Punjab Mental Hospital Lahore 1932-46 - 1932-1946
Year: 1932
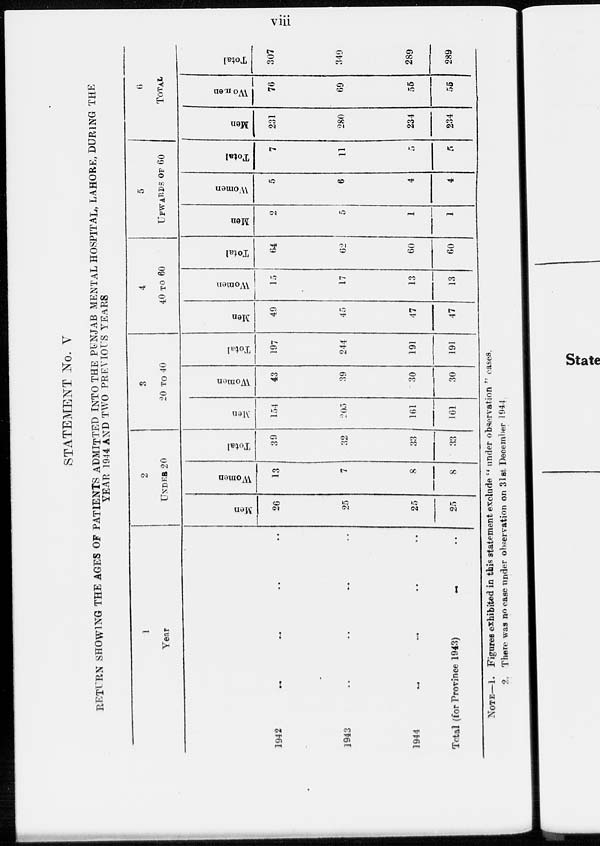
viii
STATEMENT No. V
RETURN SHOWING THE AGES OF PATIENTS ADMITTED INTO THE PUNJAB MENTAL HOSPITAL, LAHORE, DURING THE
YEAR 1944 AND TWO PREVIOUS YEARS
1
Year
1942 .. .. .. .. .. ..
1943 .. .. .. . .. .. ..
1944 .. .. .. .. .. ..
Total (for Province 1943)
...
2
UNDER 20
Men
26
25
25
25
Women
13
7
8
8
Total
39
32
33
33
3
20 TO 40
Men
154
205
161
161
Women
43
39
30
30
Total
197
244
191
191
4
40 TO 60
Men
49
45
47
47
Women
15
17
13
13
Total
64
62
60
60
5
UPWARDS OF 60
Men
2
5
1
1
Women
5
6
4
4
Total
7
11
5
5
6
TOTAL
Men
231
280
234
234
Women
76
69
55
55
Total
307
349
289
289
NOTE—1. Figures exhibited in this statement exclude '' under observation " cases.
2. There was no case under observation on 31st December 1944